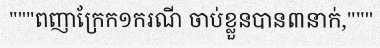
"""ពញាក្រែក១ករណី ចាប់ខ្លួនបាន៣នាក់,"""